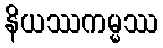
နိယဿကမ္မဿ